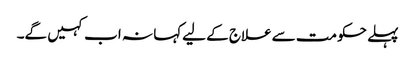
پہلے حکومت سےعلاج کے لیےکہا نہ اب کہیں گے۔